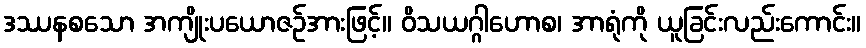
ဒဿနစသော အကျိုးပယောဇဉ်အားဖြင့်။ ဝိသယဂ္ဂါဟောစ၊ အာရုံကို ယူခြင်းလည်းကောင်း။